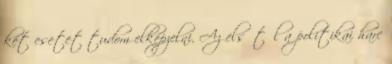
két esetet tudom elképzelni. Az elsőtől a politikai harc